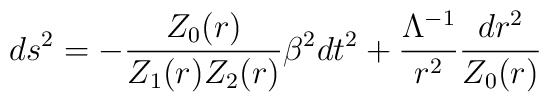
ds^2=-\frac{Z_0(r)}{Z_1(r)Z_2(r)}\beta^2dt^2+\frac{\Lambda^{-1}}{r^2}\frac{dr^2}{Z_0(r)}